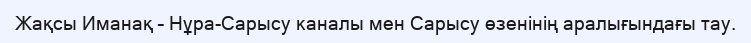
Жақсы Иманақ – Нұра-Сарысу каналы мен Сарысу өзенінің аралығындағы тау.